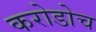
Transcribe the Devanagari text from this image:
करोडोच